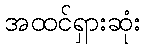
အထင်ရှားဆုံး